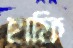
হাফি